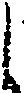
し